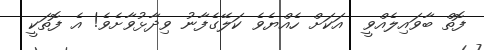
ފޮތް ބާވައިލެއްވީ  އަކަށް ހެއްޔެވެ ކަލޭގެފާނު ވިދާޅުވާށެވެ! އެ ފޮތަކީ